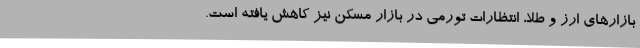
بازارهای ارز و طلا، انتظارات تورمی در بازار مسکن نیز کاهش یافته است.